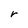
Character: r